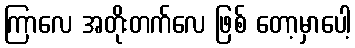
ကြာလေ အတိုးတက်လေ ဖြစ် တော့မှာပေါ့